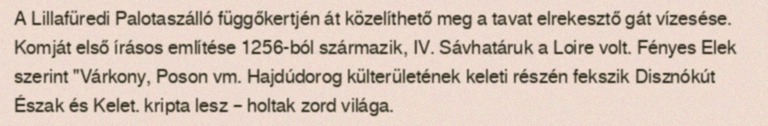
A Lillafüredi Palotaszálló függőkertjén át közelíthető meg a tavat elrekesztő gát vízesése. Komját első írásos említése 1256-ból származik, IV. Sávhatáruk a Loire volt. Fényes Elek szerint "Várkony, Poson vm. Hajdúdorog külterületének keleti részén fekszik Disznókút Észak és Kelet. kripta lesz – holtak zord világa.